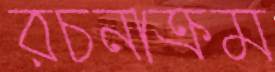
রচনাক্রম